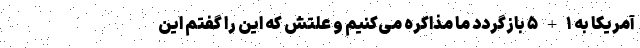
آمریکا به ۱+۵ بازگردد ما مذاکره می‌کنیم و علتش که این را گفتم این